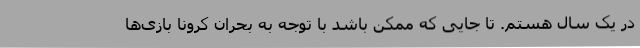
در یک سال هستم. تا جایی که ممکن باشد با توجه به بحران کرونا بازی‌ها